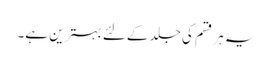
یہ ہر قسم کی جلد کےلئے بہترین ہے۔